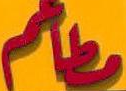
عالم